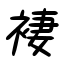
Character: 褄